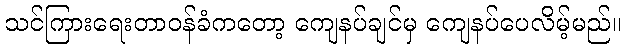
သင်ကြားရေးတာဝန်ခံကတော့ ကျေနပ်ချင်မှ ကျေနပ်ပေလိမ့်မည်။